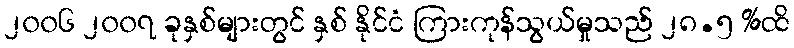
၂၀၀၆ ၂၀၀၇ ခုနှစ်များတွင် နှစ် နိုင်ငံ ကြားကုန်သွယ်မှုသည် ၂၈.၅ %ထိ